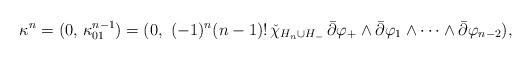
LaTeX: \begin{align*}\kappa^n = (0,\,\kappa^{n-1}_{01}) = (0,\,\,(-1)^n(n-1)!\, \check{\chi}_{H_{n} \cup H_-}\, \bar{\partial}\varphi_+ \wedge \bar{\partial}\varphi_1 \wedge \cdots \wedge \bar{\partial}\varphi_{n-2}),\end{align*}